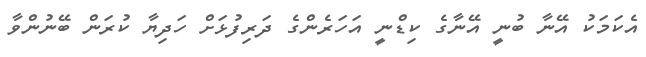
އެކަމަކު އޭނާ ބުނީ އޭނާގެ ކިޑްނީ އަހަރެންގެ ދަރިފުޅަށް ހަދިޔާ ކުރަން ބޭނުންވާ